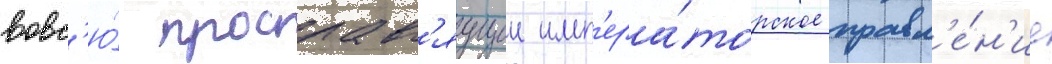
вовс'ю́ прославл'яущеи имп'ера́торское правл'е́н'ие